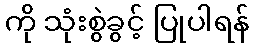
ကို သုံးစွဲခွင့် ပြုပါရန်